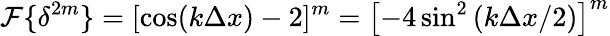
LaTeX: \mathcal{F}\{ \delta^{2m}\} =[\cos(k\Delta x)-2]^{m}=\left[-4\sin^{2}\left(k\Delta x/2\right)\right]^{m}